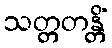
သတ္တတန္တိံ